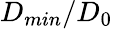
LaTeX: D_{min}/D_{0}